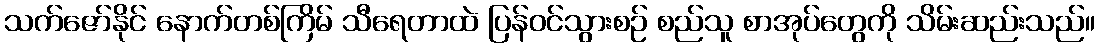
သက်ဇော်နိုင် နောက်တစ်ကြိမ် သီရေတာထဲ ပြန်ဝင်သွားစဉ် စည်သူ စာအုပ်တွေကို သိမ်းဆည်းသည်။